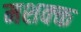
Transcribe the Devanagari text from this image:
मशक्क्त